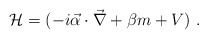
\begin{align*}{\cal H} = (-i \vec{\alpha} \cdot \vec\nabla + \beta m + V)\ . \end{align*}